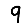
Digit: 9